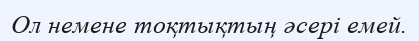
Ол немене тоқтықтың әсері емей.